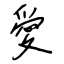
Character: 愛